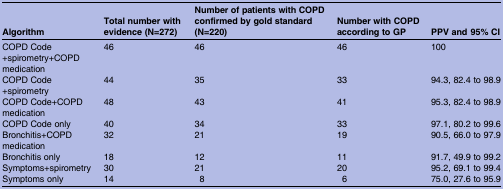
<table><thead><tr><td><b>Algorithm</b></td><td><b>Total number with evidence (N=272)</b></td><td><b>Number of patients with COPD confirmed by gold standard (N=220)</b></td><td><b>Number with COPD according to GP</b></td><td><b>PPV and 95% CI</b></td></tr></thead><tbody><tr><td>COPD Code+spirometry+COPD medication</td><td>46</td><td>46</td><td>46</td><td>100</td></tr><tr><td>COPD Code+spirometry</td><td>44</td><td>35</td><td>33</td><td>94.3, 82.4 to 98.9</td></tr><tr><td>COPD Code+COPD medication</td><td>48</td><td>43</td><td>41</td><td>95.3, 82.4 to 98.9</td></tr><tr><td>COPD Code only</td><td>40</td><td>34</td><td>33</td><td>97.1, 80.2 to 99.6</td></tr><tr><td>Bronchitis+COPD medication</td><td>32</td><td>21</td><td>19</td><td>90.5, 66.0 to 97.9</td></tr><tr><td>Bronchitis only</td><td>18</td><td>12</td><td>11</td><td>91.7, 49.9 to 99.2</td></tr><tr><td>Symptoms+spirometry</td><td>30</td><td>21</td><td>20</td><td>95.2, 69.1 to 99.4</td></tr><tr><td>Symptoms only</td><td>14</td><td>8</td><td>6</td><td>75.0, 27.6 to 95.9</td></tr></tbody></table>